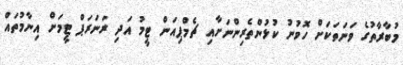
މުބާރާތުގެ ވަނަތަކަށް ހޮވުނު ކުޅުންތެރިންނަށާއި ޗެމްޕިއަން ޓީމު އަދި ރަނަރަޕް ޓީމަށް އިނާމުތައް